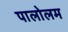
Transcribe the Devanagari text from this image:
पालोलम